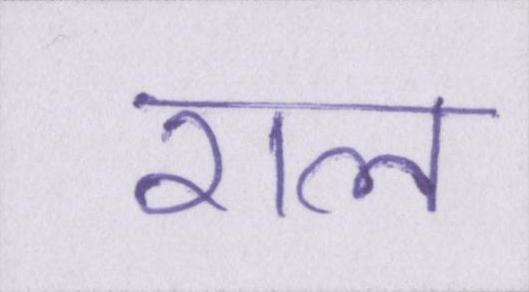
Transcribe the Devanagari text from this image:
राल